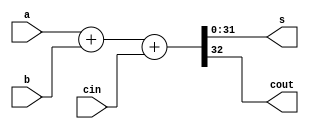
module Adder32Bit (
  input [31:0] a,
  input [31:0] b,
  input cin,
  output [31:0] s,
  output cout
);

  assign {cout, s} = a + b + cin;

endmodule